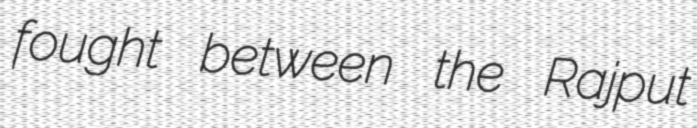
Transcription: fought between the Rajput